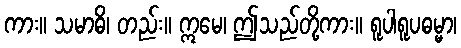
ကား။ သမာဓိ၊ တည်း။ ဣမေ၊ ဤသည်တို့ကား။ ရူပါရူပဓမ္မာ၊